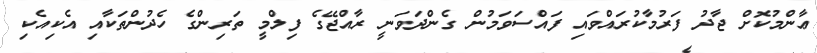
ޢާންމުކޮށް ޖާދު ފަރުމާކުރައްވައި ފައްސަވަމުން ގެންދަވަނީ ރާއްޖޭގެ ފިލްމީ ތަރިންގެ ހެދުންތަކާއި އެކިއެކި